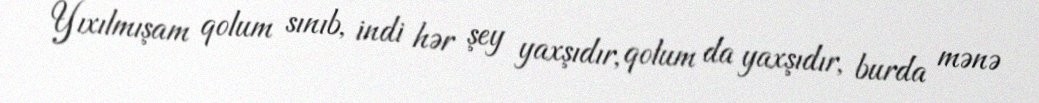
Yıxılmışam qolum sınıb, indi hər şey yaxşıdır, qolum da yaxşıdır, burda mənə